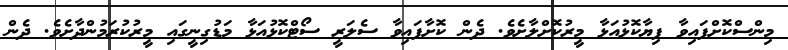
މިންސްކޮށްފައިވާ ފިޔާކޮޅުއަޅާ މީރުކޮށްލާށެވެ. ދެން ކޮށާފައިވާ ސެލަރީ ސޯޓްކޮޅުއަޅާ މަޑުގިނީގައި މީރުކުރަމުންދާށެވެ. ދެން